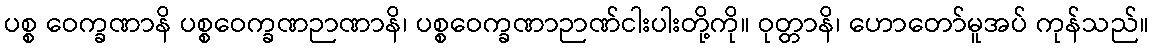
ပစ္စ ဝေက္ခဏာနိ ပစ္စဝေက္ခဏဉာဏာနိ၊ ပစ္စဝေက္ခဏာဉာဏ်ငါးပါးတို့ကို။ ဝုတ္တာနိ၊ ဟောတော်မူအပ် ကုန်သည်။